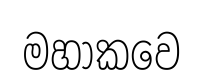
මහාකවෙ